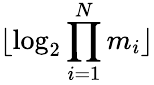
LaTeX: \lfloor\log_{2}\prod_{i=1}^{N}m_{i}\rfloor